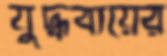
যুদ্ধব্যয়ের